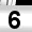
Digit: 6